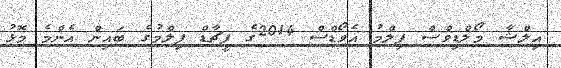
އިލްޝާ މޯލްޑިވްސް ފިލްމު އެވޯޑްސް 2014ގެ ފީޗާޑް ފިލްމުގެ ބައިން އެންމެ މޮޅު